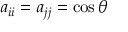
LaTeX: a _ { i i } = a _ { j j } = \cos \theta